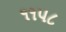
૧૧૫૮